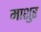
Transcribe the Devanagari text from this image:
माशुर